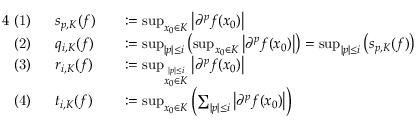
{ \begin{array} { r l r l } { { 4 } { \mathrm { ~ ( 1 ) ~ } } \ } & { s _ { p , K } ( f ) } & & { : = \operatorname* { s u p } _ { x _ { 0 } \in K } \left| \partial ^ { p } f ( x _ { 0 } ) \right| } \\ { { \mathrm { ~ ( 2 ) ~ } } \ } & { q _ { i , K } ( f ) } & & { : = \operatorname* { s u p } _ { | p | \leq i } \left( \operatorname* { s u p } _ { x _ { 0 } \in K } \left| \partial ^ { p } f ( x _ { 0 } ) \right| \right) = \operatorname* { s u p } _ { | p | \leq i } \left( s _ { p , K } ( f ) \right) } \\ { { \mathrm { ~ ( 3 ) ~ } } \ } & { r _ { i , K } ( f ) } & & { : = \operatorname* { s u p } _ { \stackrel { | p | \leq i } { x _ { 0 } \in K } } \left| \partial ^ { p } f ( x _ { 0 } ) \right| } \\ { { \mathrm { ~ ( 4 ) ~ } } \ } & { t _ { i , K } ( f ) } & & { : = \operatorname* { s u p } _ { x _ { 0 } \in K } \left( \sum _ { | p | \leq i } \left| \partial ^ { p } f ( x _ { 0 } ) \right| \right) } \end{array} }